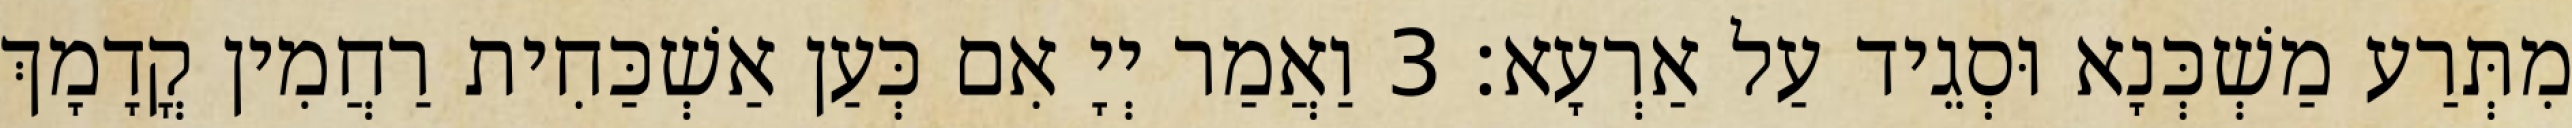
מִתְּרַע מַשְׁכְּנָא וּסְגֵיד עַל אַרְעָא׃ 3 וַאֲמַר יְיָ אִם כְּעַן אַשְׁכַּחִית רַחֲמִין קֳדָמָךְ